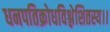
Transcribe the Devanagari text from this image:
धनपतिक्रोधविश्लेशितस्य।।